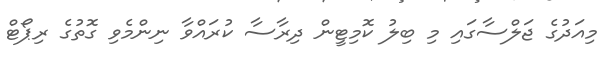
މިއަދުގެ ޖަލްސާގައި މި ބިލު ކޮމިޓީން ދިރާސާ ކުރައްވާ ނިންމެވި ގޮތުގެ ރިޕޯޓް